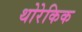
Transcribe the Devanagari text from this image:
थोरेकिक